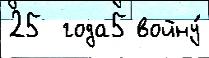
25  года5 войну́